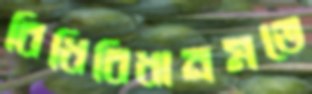
বিধিবিধানমতে